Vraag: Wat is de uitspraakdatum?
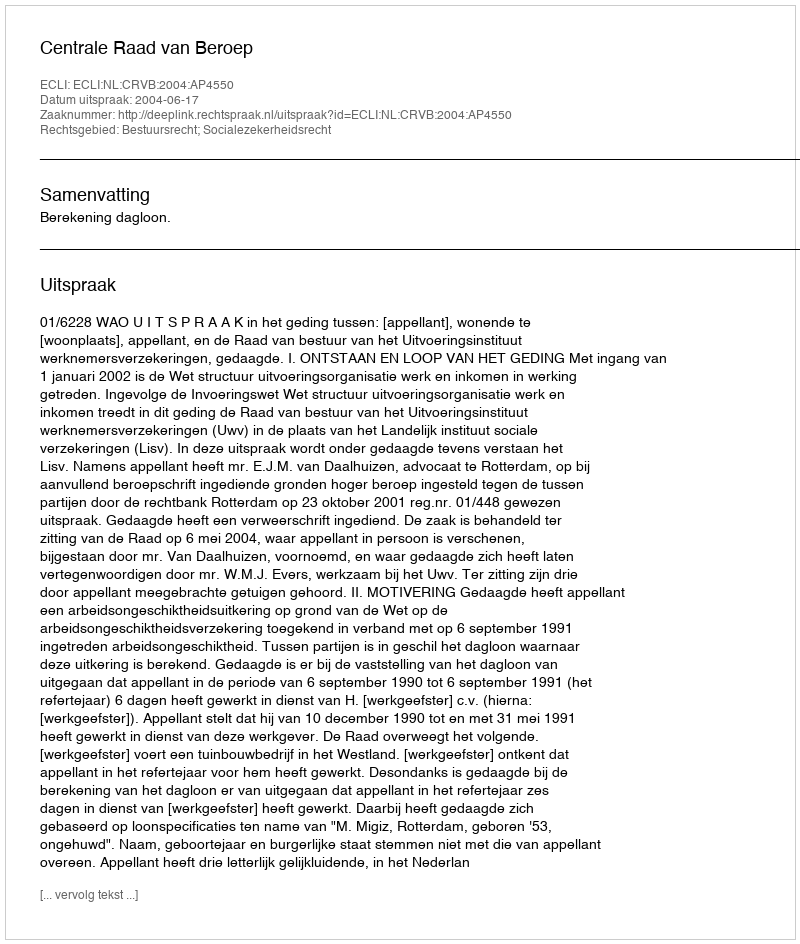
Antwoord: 2004-06-17